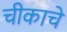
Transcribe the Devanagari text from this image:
चीकाचे